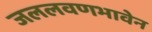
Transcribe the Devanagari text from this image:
जललवणभावेन